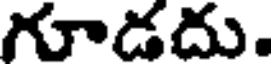
గూడదు.